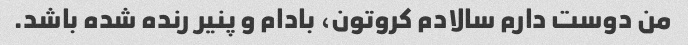
من دوست دارم سالادم کروتون، بادام و پنیر رنده شده باشد.